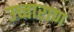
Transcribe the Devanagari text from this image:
उच्चाराण